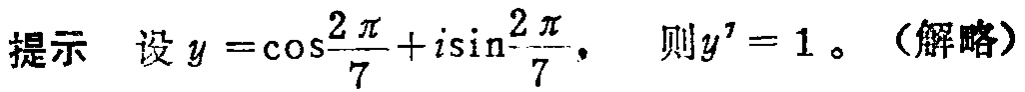
提示 设 \(y = \cos\frac{2\pi}{7}+i\sin\frac{2\pi}{7}\)， 则 \(y^{7} = 1\)。（解略）